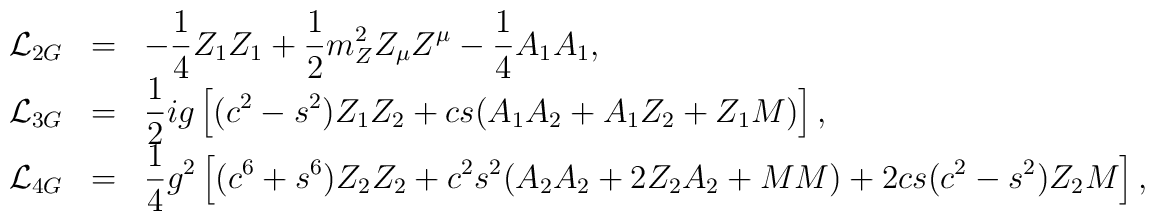
\begin{array}{rcl}{\cal L}_{2G}&=&\displaystyle-\frac{1}{4}Z_1Z_1+\frac{1}{2}m_Z^2Z_{\mu}Z^{\mu}-\frac{1}{4}A_1A_1, \\{\cal L}_{3G}&=&\displaystyle\frac{1}{2}ig\left[(c^2-s^2)Z_1Z_2+cs(A_1A_2+A_1Z_2+Z_1M)\right],\\{\cal L}_{4G}&=&\displaystyle\frac{1}{4}g^2\left[(c^6+s^6)Z_2Z_2+c^2s^2(A_2A_2+2Z_2A_2+MM)+2cs(c^2-s^2)Z_2M\right],\end{array}